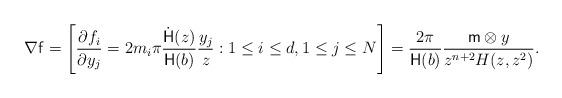
LaTeX: \begin{align*}\nabla \mathsf{f} = \left[ \frac{\partial f_i}{\partial y_j} = 2m_i\pi\frac{\dot{\mathsf{H}}(z)}{\mathsf{H}(b)}\frac{y_j}{z} : 1 \le i \le d, 1 \le j \le N \right] = \frac{2 \pi}{\mathsf{H}(b)} \frac{\mathsf{m} \otimes y}{z^{n+2} H(z,z^2)} .\end{align*}